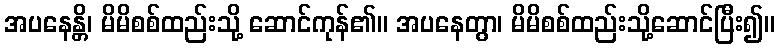
အပနေန္တိ၊ မိမိစစ်ထည်းသို့ ဆောင်ကုန်၏။ အပနေတွာ၊ မိမိစစ်ထည်းသို့ဆောင်ပြီး၍။